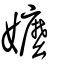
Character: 嬷